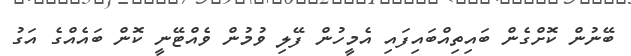
ބޭނުން ކޮށްގެން ބައިތިއްބައިފައި އެމީހުން ފޭލި ވުމުން ވެއްޓޭނީ ކޮން ބައެއްގެ އަގު